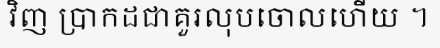
វិញ ប្រាកដជាគួរលុបចោលហើយ ។